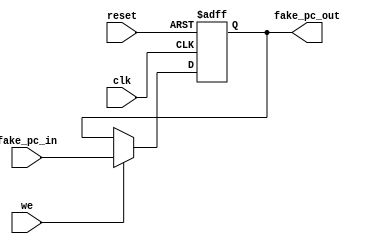
module fake_PC (
    input wire clk,
    input wire we,
    input wire[31:0] fake_pc_in,
    input wire reset,

    output reg[31:0] fake_pc_out
);
    
    always @(posedge clk or posedge reset) begin
        if (reset) begin
            fake_pc_out <= 32'h00400000;
        end
        else if (we) begin
            fake_pc_out <= fake_pc_in;
        end
    end
endmodule